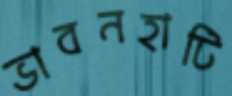
ভাবনহাটি